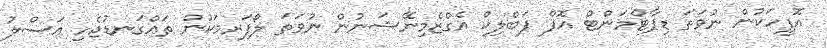
އޮފީހަކުން ނުވަތަ ޑިޕާޓްމަންޓް އޮފް ޕަބްލިކް އެގްޒެމިނޭޝަނުން ނުވަތަ ލޯފަރމަކުން ތައްގަނޑުޖެހި އަސްލު